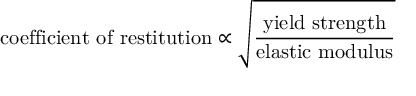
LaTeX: { \mathrm { c o e f f i c i e n t ~ o f ~ r e s t i t u t i o n } } \propto { \sqrt { \frac { \mathrm { y i e l d ~ s t r e n g t h } } { \mathrm { e l a s t i c ~ m o d u l u s } } } }